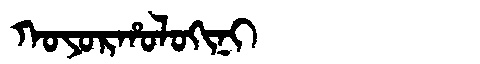
Manchu: ᡴᠣᠶᠣᡵᡥᠣᠯᠣᡴᡳᠨᡳ
Romanization: KOYORHOLOKINI